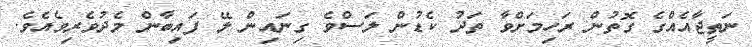
ނަތީޖާއެއްގެ ގޮތުން ރަހިމަށްވާ ތަދު ކެޑުން ލަސްވެ ގިނައިން ލޭ ފައިބާން މެދުވެރިވެއެވެ.